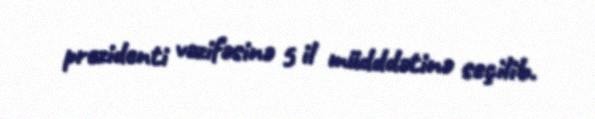
prezidenti vəzifəsinə 5 il müdddətinə seçilib.